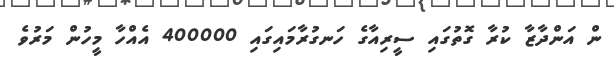
ން އަންދާޒާ ކުރާ ގޮތުގައި ސީރިއާގެ ހަނގުރާމައިގައި 400000 އެއްހާ މީހުން މަރުވެ